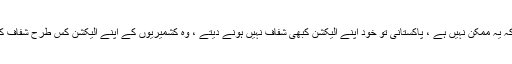
میرا خیال ہے کہ یہ ممکن نہیں ہے ، پاکستانی تو خود اپنے الیکشن کبھی شفاف نہیں ہونے دیتے ، وہ کشمیریوں کے اپنے الیکشن کس طرح شفاف کرواسکتے ہیں ۔